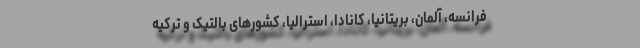
فرانسه، آلمان، بریتانیا، کانادا، استرالیا، کشورهای بالتیک و ترکیه